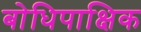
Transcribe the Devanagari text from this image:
बोधिपाक्षिक